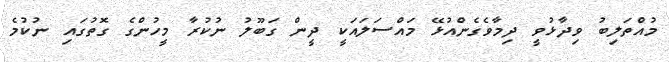
މުއްތަލިބު ވިދާޅުވީ ދިމާވެގެންއުޅޭ މައްސަލައަކީ ދީން ގަބޫލު ނުކުރާ މީހުންގެ ގޮތުގައި ނުކުމެ